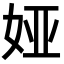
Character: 娅